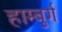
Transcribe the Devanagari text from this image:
हाम्बुर्ग